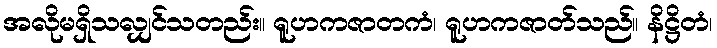
အလိုမရှိသလျှင်သတည်း။ ရူဟကဇာတကံ၊ ရူဟကဇာတ်သည်။ နိဋ္ဌိတံ၊